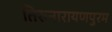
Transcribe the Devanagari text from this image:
तिरुनारायणपुरम